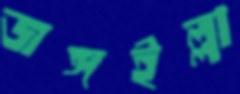
জঙ্গইল্লা